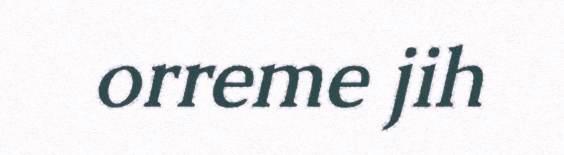
orreme jih